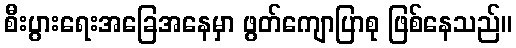
စီးပွားရေးအခြေအနေမှာ ဖွတ်ကျောပြာစု ဖြစ်နေသည်။